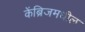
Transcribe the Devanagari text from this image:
केंब्रिजमधील